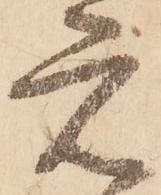
元